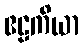
ဧဠကိယာ